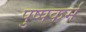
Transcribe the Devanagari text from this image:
पुष्पकर्म